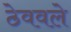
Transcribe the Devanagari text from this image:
ठेववले